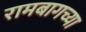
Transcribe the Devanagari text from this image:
रामबागच्या